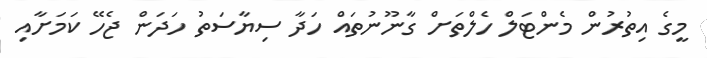
މީގެ އިތުރުން މެންޓަލް ހެލްތަށް ގާނޫނުތައް ހަދާ ސިޔާސަތު ހަދަން ޖެހޭ ކަމަށާއި